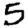
Digit: 5